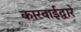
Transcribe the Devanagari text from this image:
कारवाईद्वारे